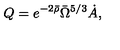
Q = e ^ { - 2 \bar { \rho } } \bar { \Omega } ^ { 5 / 3 } \dot { A } ,